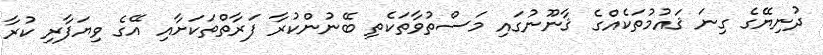
ދުނިޔޭގެ ގިނަ ޤައުމުތަކެއްގެ ޤާނޫނުގައި މަސްތުވާތަކެތި ބޭނުންކުރާ ފަރާތްތަކަށާއި އޭގެ ވިޔަފާރި ކުރާ